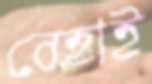
বেহাই